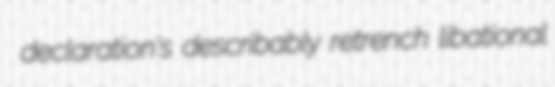
declaration's describably retrench libational